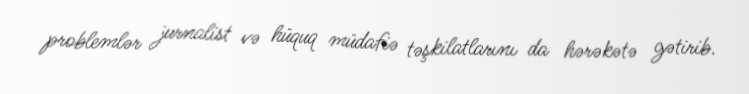
problemlər jurnalist və hüquq müdafiə təşkilatlarını da hərəkətə gətirib.